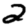
Digit: 2